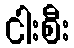
ငါးစီး